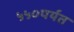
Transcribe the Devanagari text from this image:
५५०पर्यत